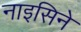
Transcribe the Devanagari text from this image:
नाइसिने